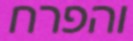
והפרח